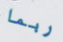
ربما